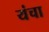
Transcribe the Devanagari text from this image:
यंचा